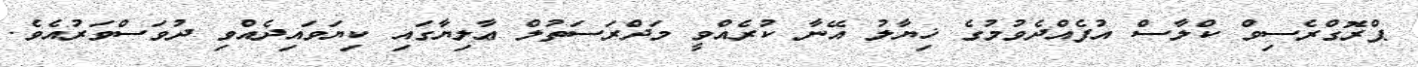
ޕްރޮގްރެސިވް ކްލާސް އުފެއްދެވުމުގެ ޚިޔާލު އޭނާ ކުރެއްވީ މަދްރަސަތުލް ޢާލިޔާގައި ކިޔަވައިދެއްވި ދުވަސްވަރުއެވެ.